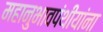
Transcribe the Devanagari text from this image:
महानुभावपंथीयांना